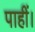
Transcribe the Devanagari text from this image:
पाहीं।